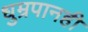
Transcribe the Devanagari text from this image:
धुम्रपानही